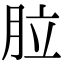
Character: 䏠